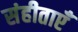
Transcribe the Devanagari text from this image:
संहीताएँ